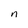
Character: n